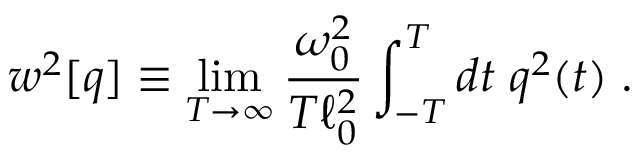
w ^ { 2 } [ q ] \equiv \operatorname * { l i m } _ { T \rightarrow \infty } { \frac { \omega _ { 0 } ^ { 2 } } { T \ell _ { 0 } ^ { 2 } } } \int _ { - T } ^ { T } d t \; q ^ { 2 } ( t ) \; .